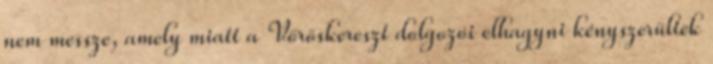
nem messze, amely miatt a Vöröskereszt dolgozói elhagyni kényszerültek